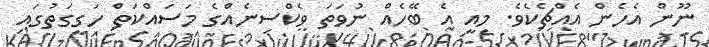
ނޫން އެހެން އެއްޗެކެވެ. މިއީ އެ ބޭހެއް ނުވަތަ ވެކްސިނެއްގެ މަސައްކަތް ހަގީގަތުގައި